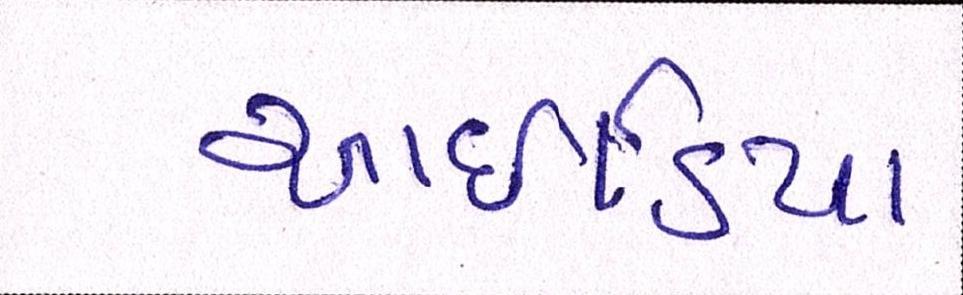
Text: આઇડિયા